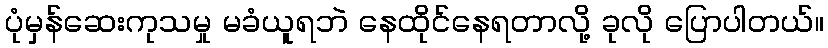
ပုံမှန်ဆေးကုသမှု မခံယူရဘဲ နေထိုင်နေရတာလို့ ခုလို ပြောပါတယ်။